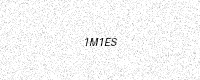
Text: 1M1ES